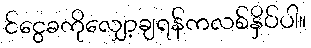
င်ငွေခကိုလျှော့ချရန်ကလစ်နှိပ်ပါ။